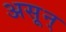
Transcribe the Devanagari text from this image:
असून्